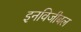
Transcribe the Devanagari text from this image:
इनविजीबल